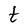
Character: t